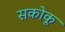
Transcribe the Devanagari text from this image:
सकोकू